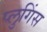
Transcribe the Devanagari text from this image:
प्लुगिंस